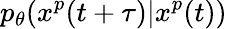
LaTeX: p_{\theta}(x^{p}(t+\tau)|x^{p}(t))